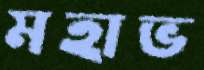
মহাভ